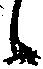
候